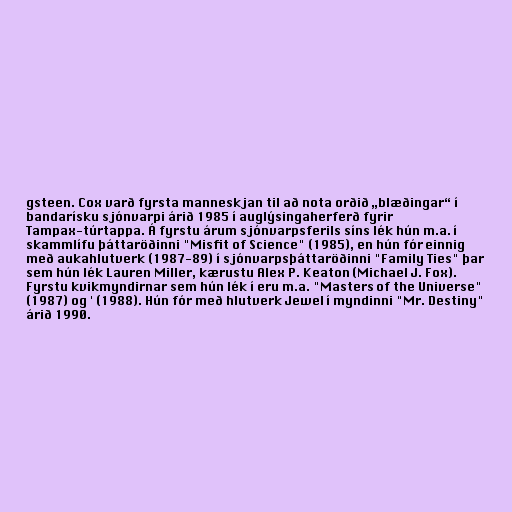
gsteen. Cox varð fyrsta manneskjan til að nota orðið „blæðingar“ í
bandarísku sjónvarpi árið 1985 í auglýsingaherferð fyrir
Tampax-túrtappa. Á fyrstu árum sjónvarpsferils síns lék hún m.a. í
skammlífu þáttaröðinni "Misfit of Science" (1985), en hún fór einnig
með aukahlutverk (1987-89) í sjónvarpsþáttaröðinni "Family Ties" þar
sem hún lék Lauren Miller, kærustu Alex P. Keaton (Michael J. Fox).
Fyrstu kvikmyndirnar sem hún lék í eru m.a. "Masters of the Universe"
(1987) og ' (1988). Hún fór með hlutverk Jewel í myndinni "Mr. Destiny"
árið 1990.